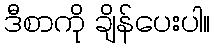
ဒီစာကို ချိန်ပေးပါ။